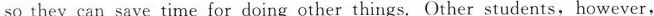
so they can save time for doing other things. Other students, however,